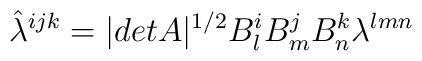
\hat \lambda^{ijk} =|detA|^{1/2} B^{i}_{l}B^{j}_{m}B^{k}_{n} \lambda^{lmn}